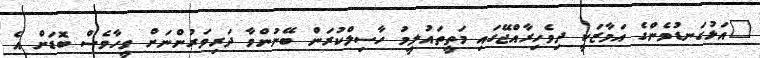
"އަޅުގަނޑުމެންގެ އަމާޒަކީ ދިވެހިރާއްޖޭގައި މަތީތައުލީމު ހާސިލްކުރަން ބޭނުންވާ ދަރިވަރުންނަށް ވީހާވެސް ބޮޑަށް އެ